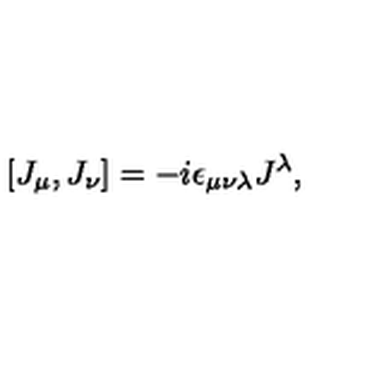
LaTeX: [ J _ { \mu } , J _ { \nu } ] = - i \epsilon _ { \mu \nu \lambda } J ^ { \lambda } ,